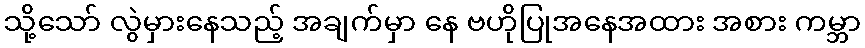
သို့သော် လွဲမှားနေသည့် အချက်မှာ နေ ဗဟိုပြုအနေအထား အစား ကမ္ဘာ